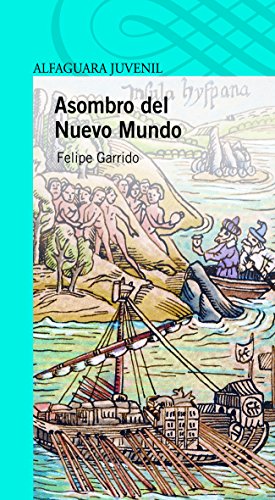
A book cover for Asombro del Nuevo Mundo (Serie Azul/ Blue Serie) (Spanish Edition); Felipe Garrido; Teen & Young Adult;